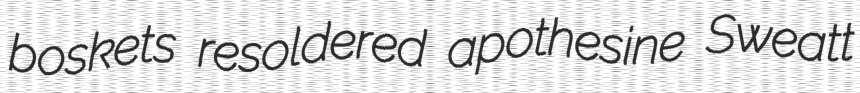
boskets resoldered apothesine Sweatt